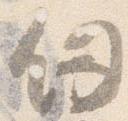
釼